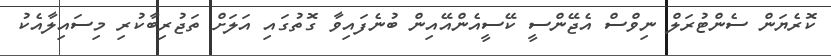
ކޮރެޔަން ސެންޓުރަލް ނިވްސް އެޖޭންސީ ކޭސީއެންއޭއިން ބުނެފައިވާ ގޮތުގައި އަލަށް ތަޖުރިބާކުރި މިސައިލާއެކު